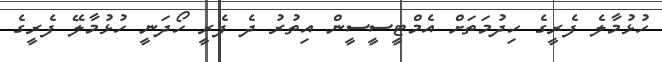
ހުޅުމާލެ ފެރީގެ ހިދުމަތަށް އެމްޓީސީސީން އިތުރު ދެ ފެރީ ހޯދަނީ ހުޅުމާލޭ ފެރީގެ